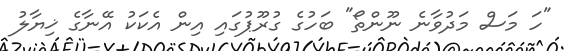
"ހަ މަސް މަދުވާނެ ނޫންތޯ" ބަހުގެ ގުރޫޕުގައި އިން އެކަކު އޭނާގެ ޚިޔާލު